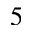
5